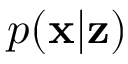
p ( \mathbf { x } | \mathbf { z } )